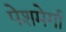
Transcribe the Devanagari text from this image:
पेशमेर्गा